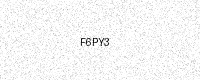
Text: F6PY3